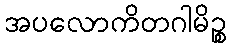
အပလောကိတဂါမိဉ္စ